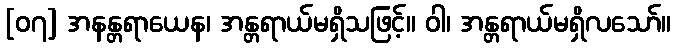
[၀၇] အနန္တရာယေန၊ အန္တရာယ်မရှိသဖြင့်။ ဝါ၊ အန္တရာယ်မရှိလသော်။